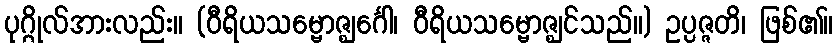
ပုဂ္ဂိုလ်အားလည်း။ (ဝီရိယသမ္ဗောဇ္ဈင်္ဂေါ၊ ဝီရိယသမ္ဗောဇ္ဈင်သည်။) ဥပ္ပဇ္ဇတိ၊ ဖြစ်၏။